65_HS1-834228961_62-HQ-83894_Section_4
Agency: FBI
Page 54
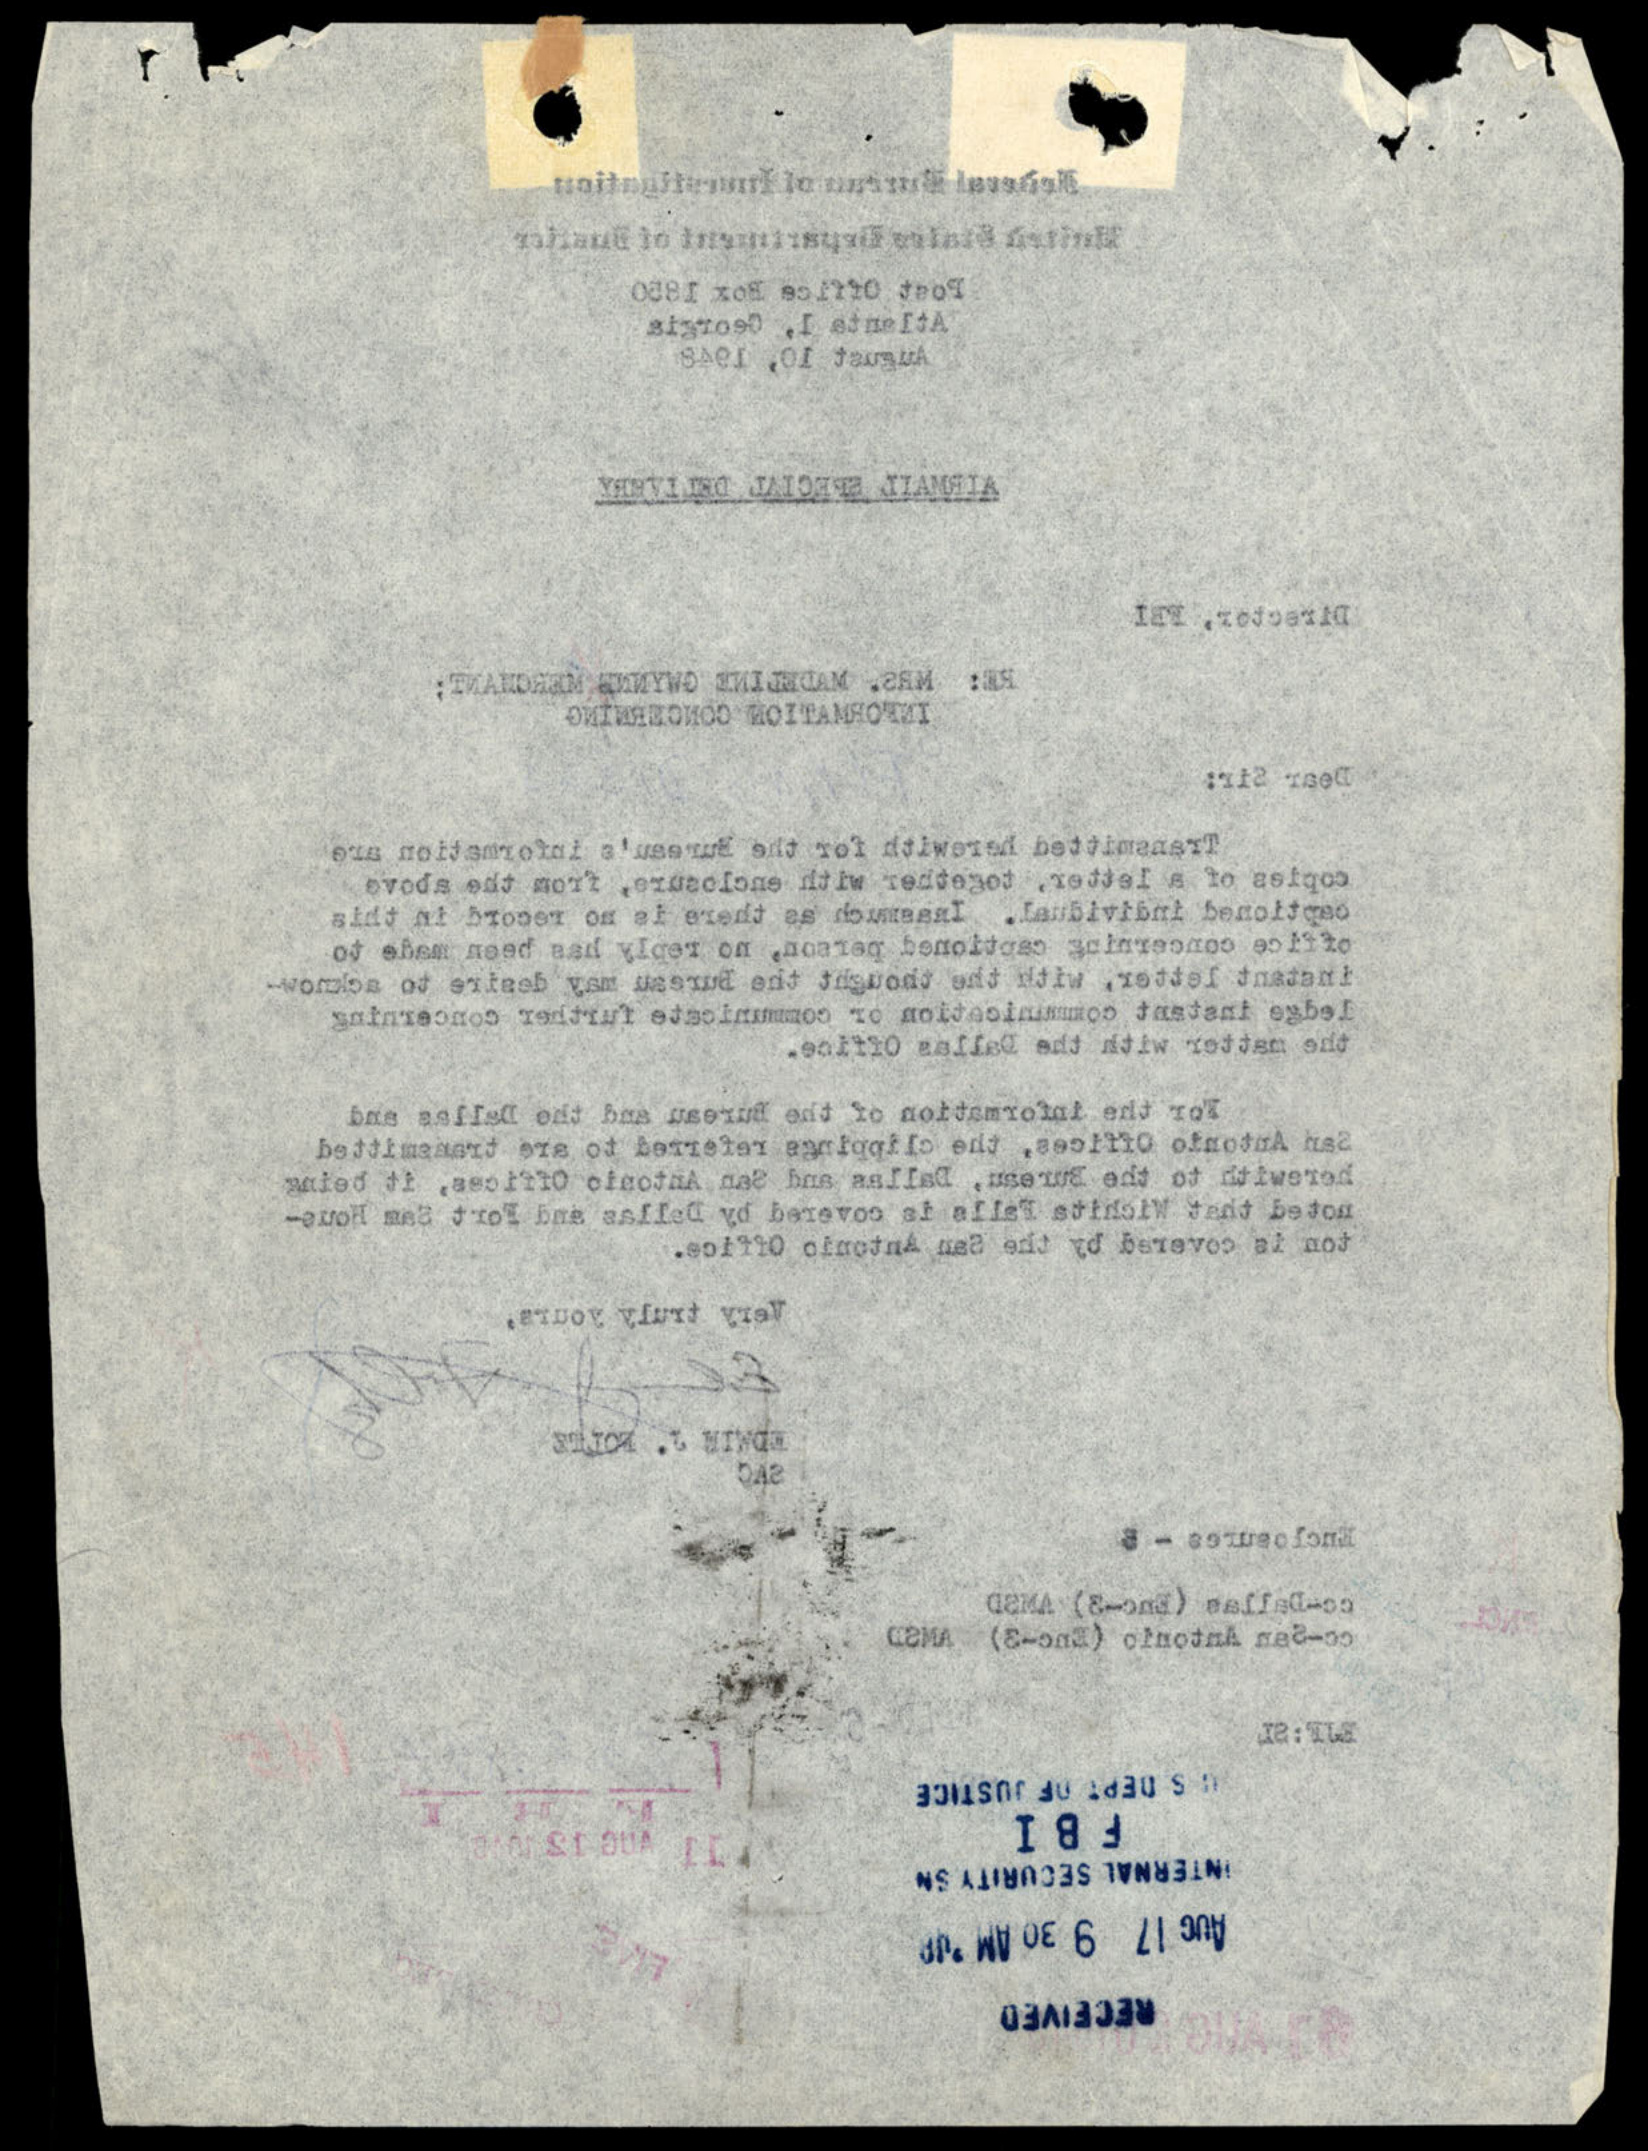